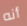
أنه